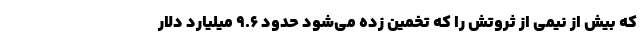
که بیش از نیمی از ثروتش را که تخمین زده می‌شود حدود ۹.۶ میلیارد دلار